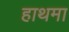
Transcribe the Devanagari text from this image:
हाथमा